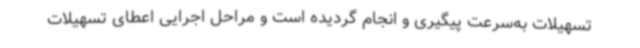
تسهیلات به‌سرعت پیگیری و انجام گردیده است و مراحل اجرایی اعطای تسهیلات